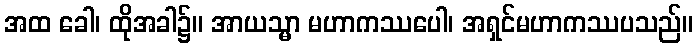
အထ ခေါ၊ ထိုအခါ၌။ အာယသ္မာ မဟာကဿပေါ၊ အရှင်မဟာကဿပသည်။